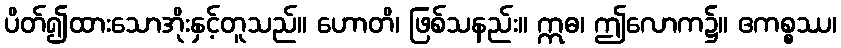
ပိတ်၍ထားသောအိုးနှင့်တူသည်။ ဟောတိ၊ ဖြစ်သနည်း။ ဣဓ၊ ဤလောက၌။ ဧကစ္စဿ၊